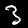
Digit: 3